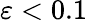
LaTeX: \varepsilon<0.1